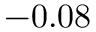
- 0 . 0 8